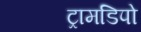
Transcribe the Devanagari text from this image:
ट्रामडिपो